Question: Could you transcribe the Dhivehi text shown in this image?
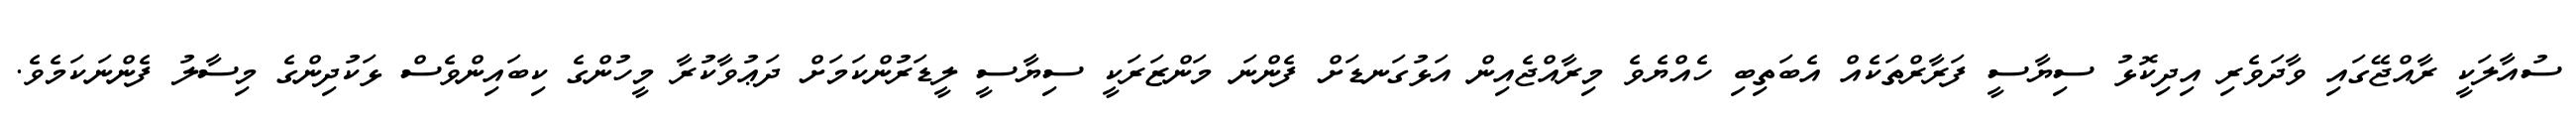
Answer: ސުއާލަކީ ރާއްޖޭގައި ވާދަވެރި އިދިކޮޅު ސިޔާސީ ފަރާރްތަކެއް އެބަތިބި ހެއްޔެވެ މިރާއްޖެއިން އަޅުގަނޑަށް ފެންނަ މަންޒަރަކީ ސިޔާސީ ލީޑަރުންކަމަށް ދަޢުވާކުރާ މީހުންގެ ކިބައިންވެސް ޅަކުދިންގެ މިސާލު ފެންނަކަމެވެ.